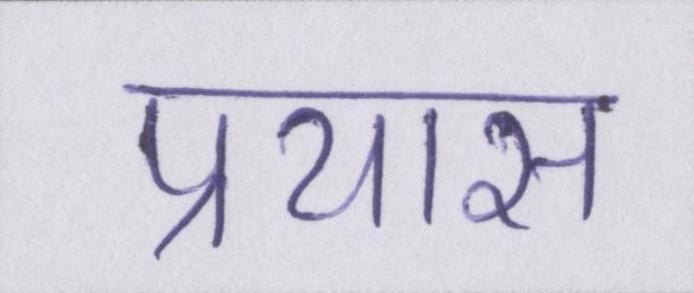
प्रयास